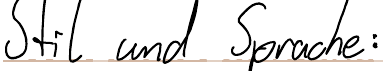
Stil und Sprache: